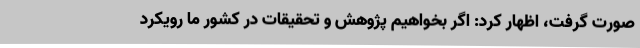
صورت گرفت، اظهار کرد: اگر بخواهیم پژوهش و تحقیقات در کشور ما رویکرد